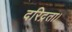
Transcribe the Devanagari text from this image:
दरिद्रता।